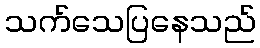
သက်သေပြနေသည်